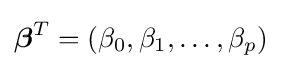
{\boldsymbol {\beta }}^{T}=(\beta _{0},\beta _{1},\ldots ,\beta _{p})